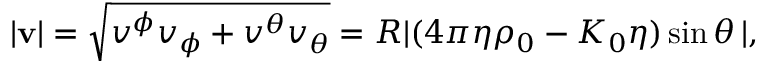
\begin{array} { r } { | \mathbf { v } | = \sqrt { v ^ { \phi } v _ { \phi } + v ^ { \theta } v _ { \theta } } = R | ( 4 \pi \eta \rho _ { 0 } - K _ { 0 } \eta ) \sin \theta \, | , } \end{array}